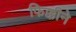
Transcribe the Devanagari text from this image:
फिक्कीने